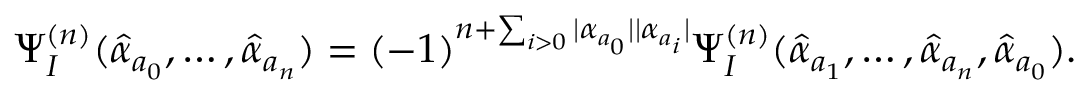
\Psi _ { I } ^ { ( n ) } ( \hat { \alpha } _ { a _ { 0 } } , \ldots , \hat { \alpha } _ { a _ { n } } ) = ( - 1 ) ^ { n + \sum _ { i > 0 } | \alpha _ { a _ { 0 } } | | \alpha _ { a _ { i } } | } \Psi _ { I } ^ { ( n ) } ( \hat { \alpha } _ { a _ { 1 } } , \ldots , \hat { \alpha } _ { a _ { n } } , \hat { \alpha } _ { a _ { 0 } } ) .